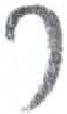
אות: ר